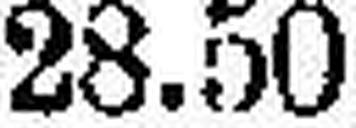
28.50